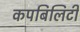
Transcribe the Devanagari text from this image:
कपबिलिटी